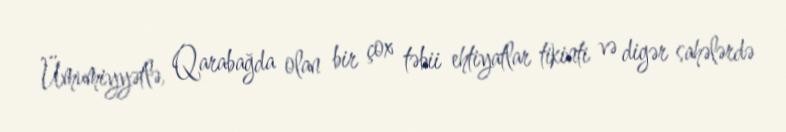
Ümumiyyətlə, Qarabağda olan bir çox təbii ehtiyatlar tikinti və digər sahələrdə